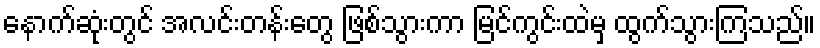
နောက်ဆုံးတွင် အလင်းတန်းတွေ ဖြစ်သွားကာ မြင်ကွင်းထဲမှ ထွက်သွားကြသည်။